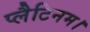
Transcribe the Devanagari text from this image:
प्लैटिनम।